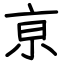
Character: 亰